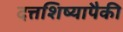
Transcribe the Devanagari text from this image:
दत्तशिष्यापैकी